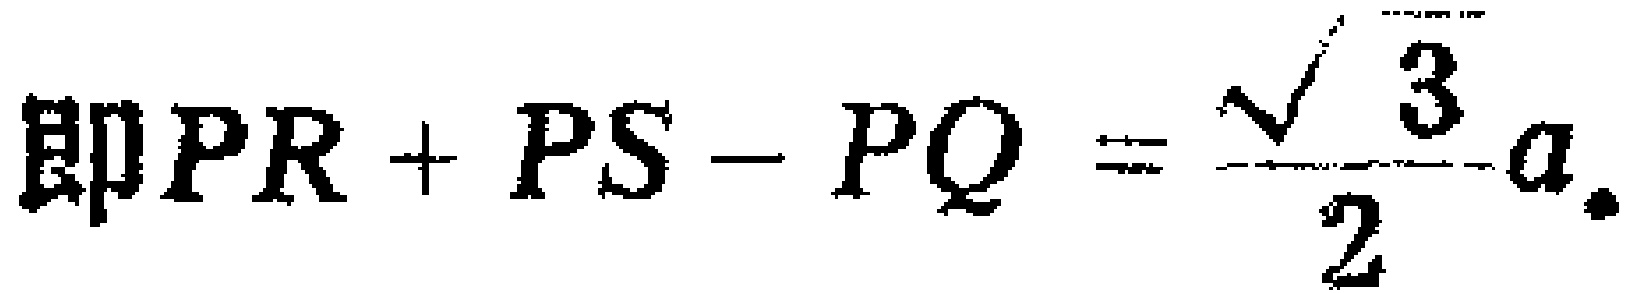
即\(PR + PS - PQ = \frac{\sqrt{3}}{2}a\).